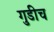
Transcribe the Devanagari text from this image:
गुडीच